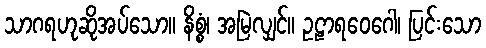
သာဂရဟုဆိုအပ်သော။ နိစ္စံ၊ အမြဲလျှင်။ ဥဠာရဝေဂေါ၊ ပြင်းသော